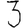
Digit: 3